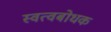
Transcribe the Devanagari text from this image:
स्वत्वबोधक